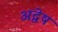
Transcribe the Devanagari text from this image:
अद्वेष